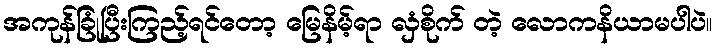
အကုန်ခြုံပြီးကြည့်ရင်တော့ မြေနိမ့်ရာ လှံစိုက် တဲ့ လောကနိယာမပါပဲ။